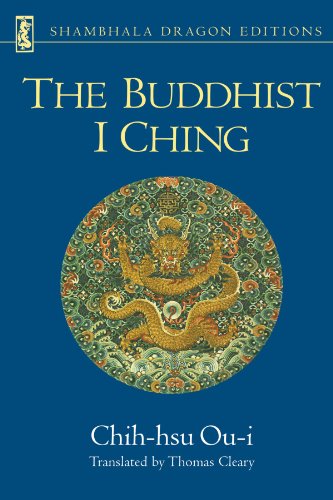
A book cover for The Buddhist I Ching; Chih-hsu Ou-i; Religion & Spirituality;